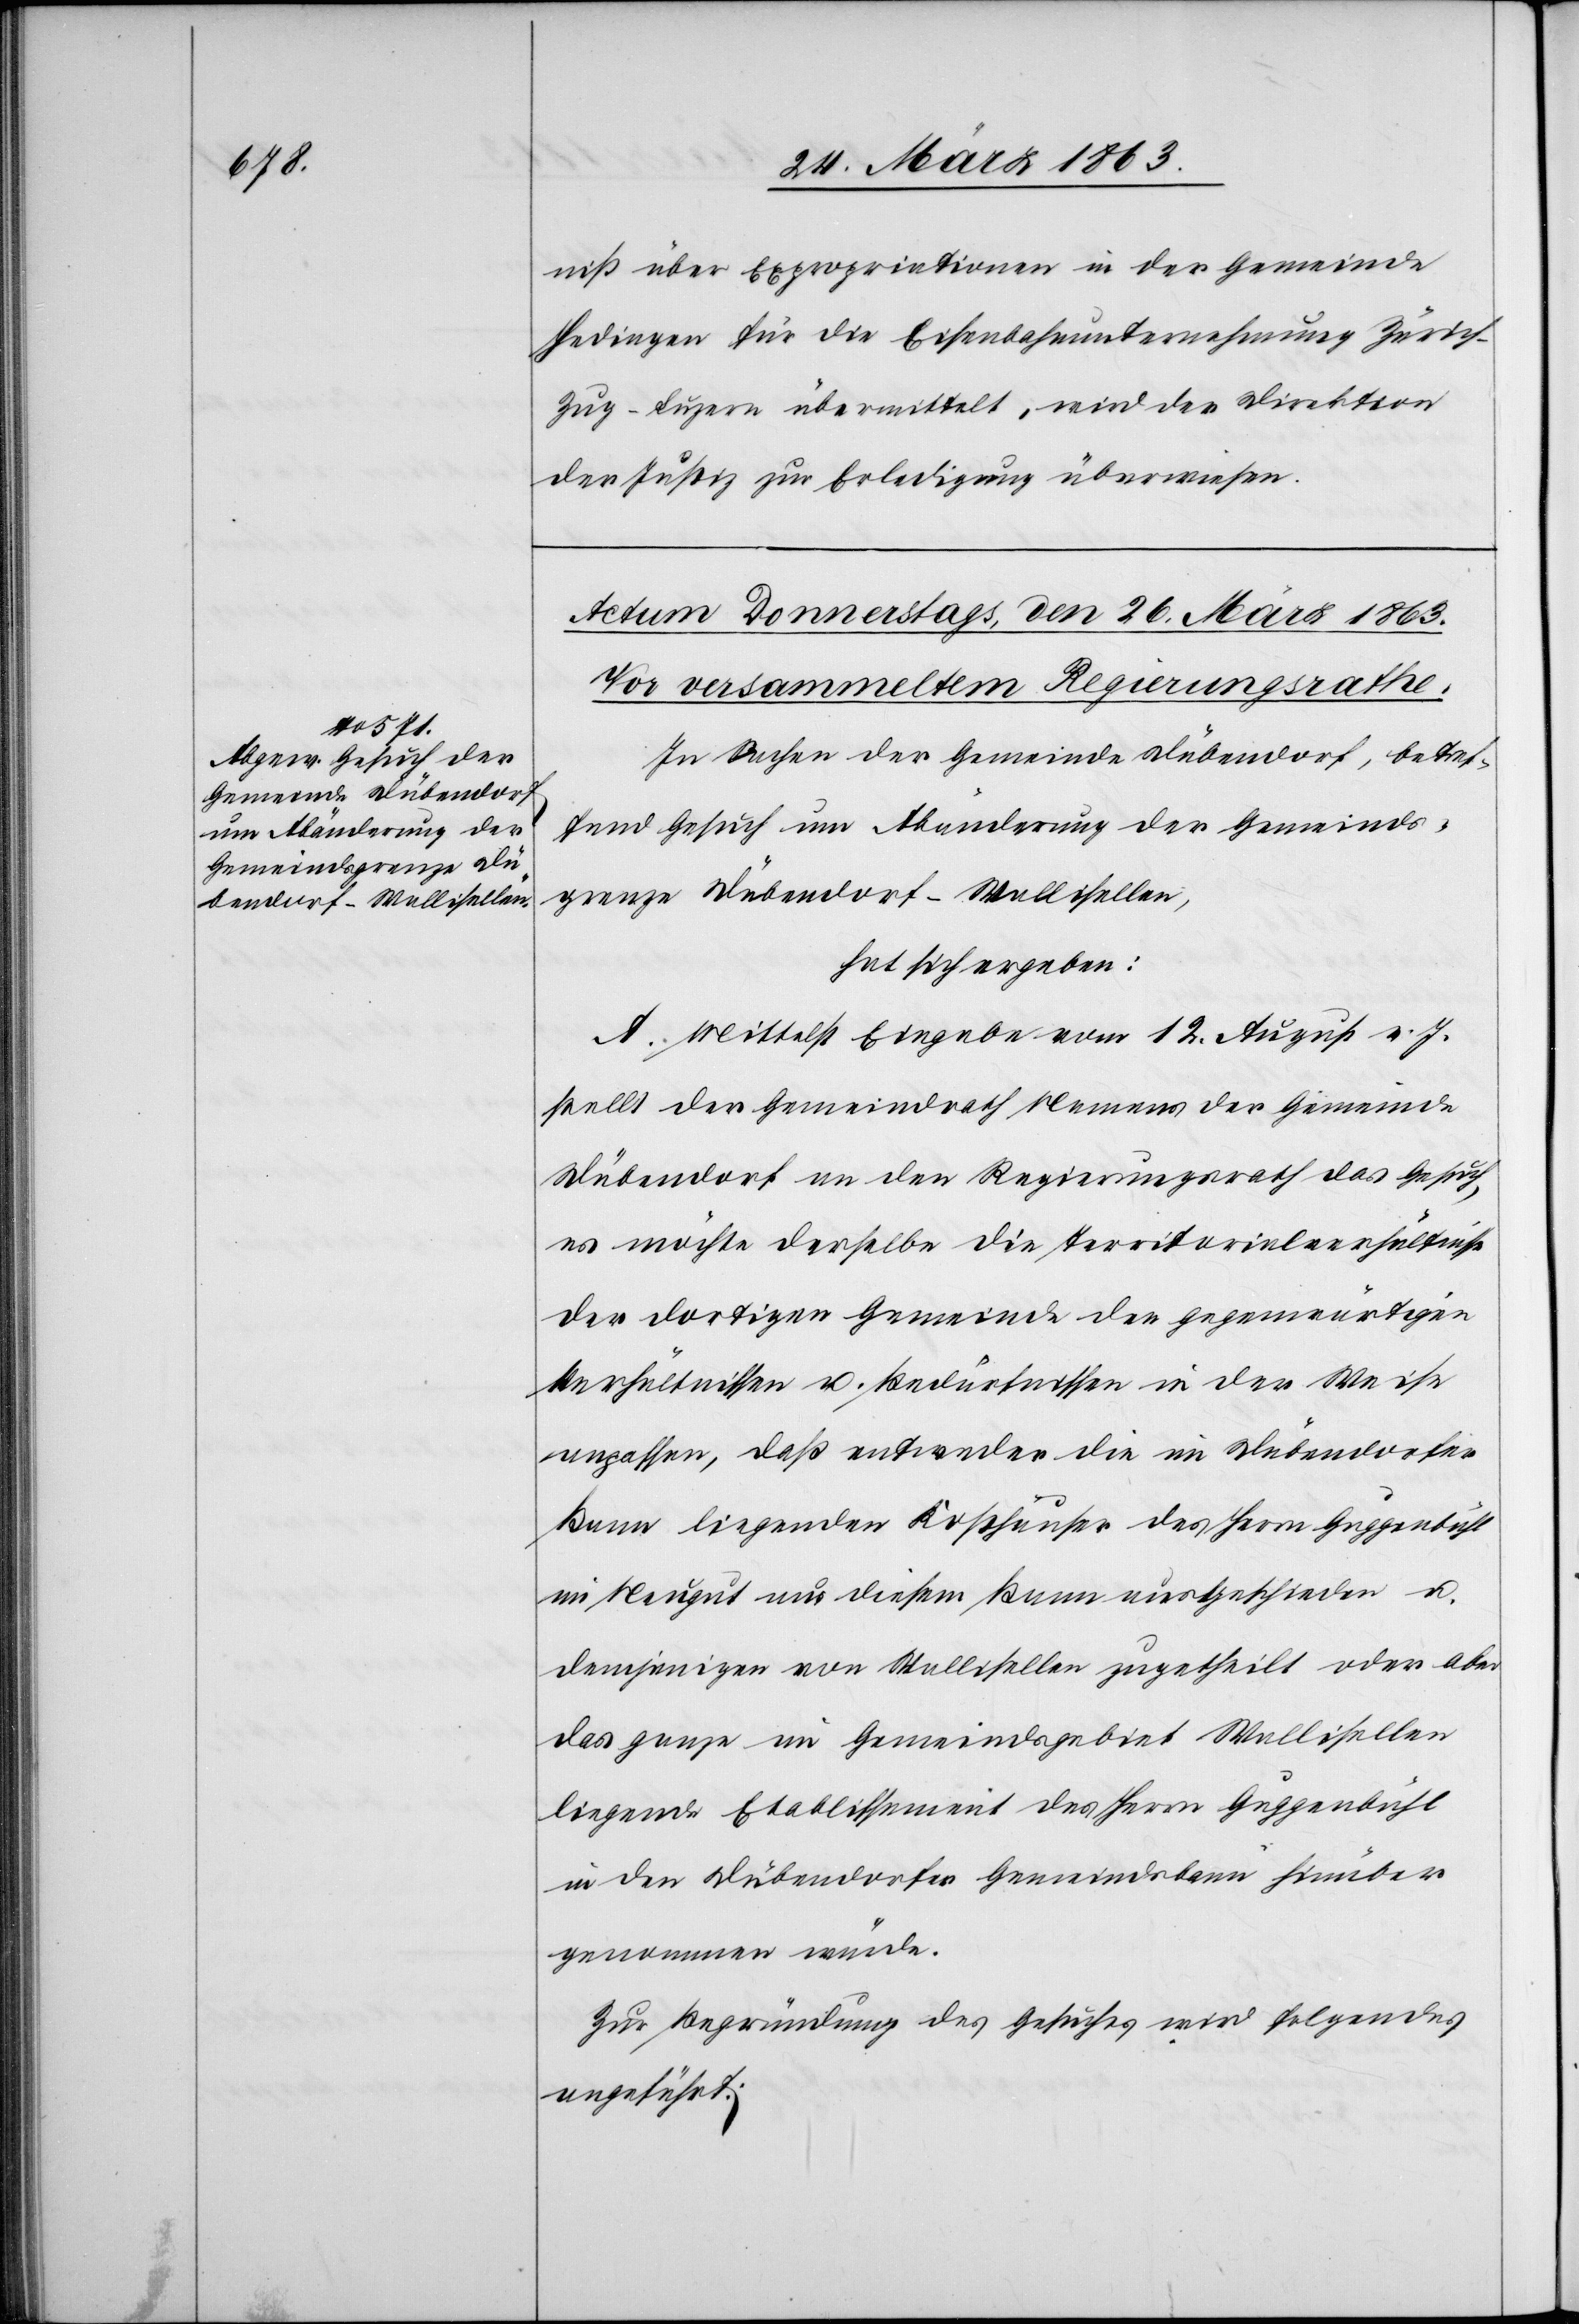
niß über Expropriationen in der Gemeinde
Hedingen für die Eisenbahnunternehmung Züric¬
h–Zug–Luzern übermittelt, wird der Direktion
der Justiz zur Erledigung überwiesen.
In Sachen der Gemeinde Dübendorf, betref¬
fend Gesuch um Abänderung der Gemeinds¬
grenze Dübendorf-Wallisellen,
hat sich ergeben:
A. Mittelst Eingabe vom 12. August v. J.
stellt der Gemeindrath Namens der Gemeinde
Dübendorf an den Regierungsrath das Gesuch,
es möchte derselbe die Territorialverhältnisse
der dortigen Gemeinde den gegenwärtigen
Verhältnissen u. Bedürfnissen in der Weise
anpassen, daß entweder die im Dübendorfer
Bann liegenden Kosthäuser des Herrn Guggenbühl
im Neugut aus diesem Bann ausgeschieden u.
demjenigen von Wallisellen zugetheilt oder aber
das ganze im Gemeindsgebiet Wallisellen
liegende Etablissement des Herrn Guggenbühl
in den Dübendorfer Gemeindsbann hinüber
genommen würde.
Zur Begründung des Gesuches wird folgendes
angeführt: